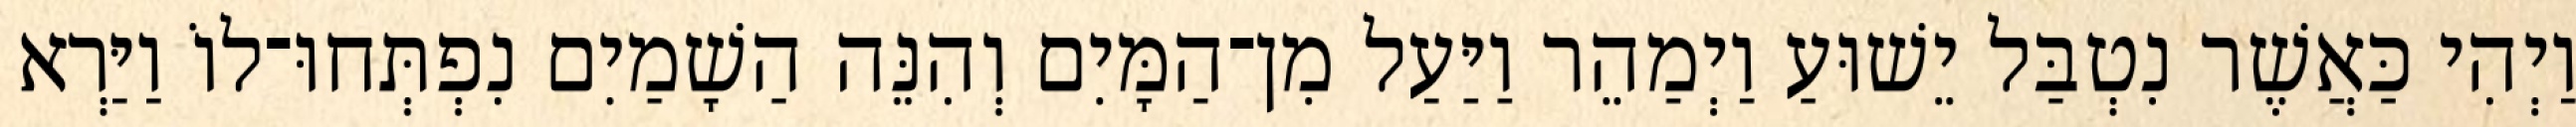
וַיְהִי כַּאֲשֶׁר נִטְבַּל יֵשׁוּעַ וַיְמַהֵר וַיַּעַל מִן־הַמָּיִם וְהִנֵּה הַשָׁמַיִם נִפְתְּחוּ־לוֹ וַיַּרְא